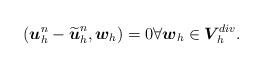
LaTeX: \begin{align*}(\boldsymbol{u}_h^n-\widetilde{\boldsymbol{u}}_h^n, \boldsymbol{w}_h)=0\forall \boldsymbol{w}_h\in\boldsymbol{V}\!_h^{\,div}.\end{align*}